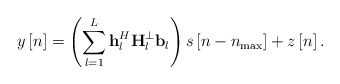
\begin{align*} y\left[ n \right] = \left( {\sum\limits_{l = 1}^L {{\bf{h}}_l^H{\bf{H}}_l^ \bot {{\bf{b}}_l}} } \right)s\left[ {n - {n_{\max }}} \right] + z\left[ n \right]. \end{align*}